Lunatic asylums in Bengal annual reports 1899-1911 - 1899-1911
Year: 1899
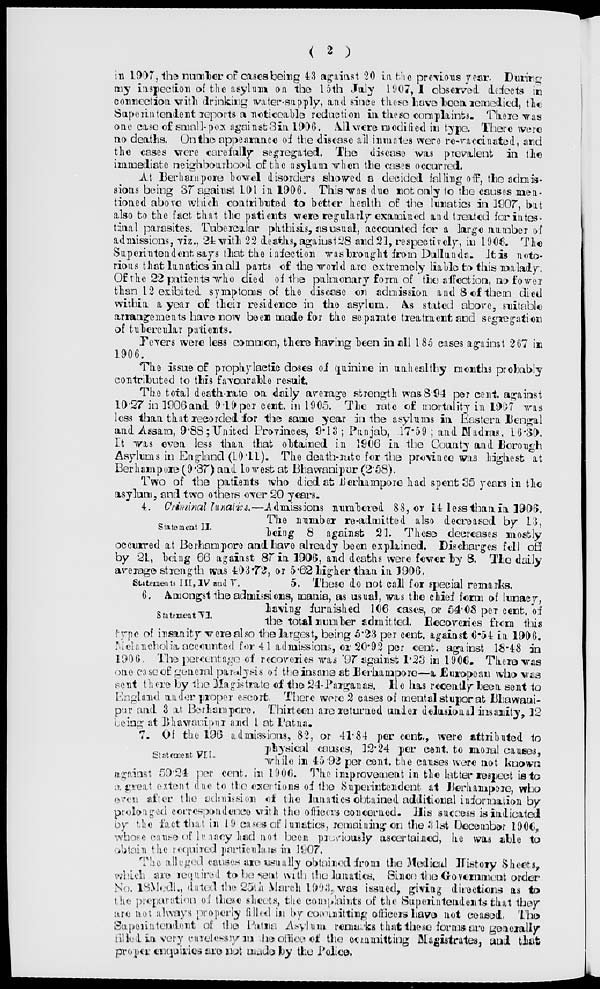
( 2 )
in 1907, the number of cases being 43 against 20 in the previous year. During
my inspection of the asylum on the 15th July 1907, I observed defects in
connection with drinking water-supply, and since those have been remedied, the
Superintendent reports a noticeable reduction in these complaints. There was
one case of small-pox against 3in 1906. All were modified in type. There were
no deaths. On the appearance of the disease all inmates were re-vaccinated, and
the cases were carefully segregated. The disease was prevalent in the
immediate neighbourhood of the asylum when the cases occurred.
At Berhampore bowel disorders showed a decided falling off, the admis-
sions being 37 against 101 in 1906. This was due not only to the causes men-
tioned above which contributed to better health of the lunatics in 1907, but
also to the fact that the patients were regularly examined and treated for intes-
tinal parasites. Tubercular phthisis, as usual, accounted for a large number of
admissions, viz.,24 with 22 deaths,against 28 and 21, respectively, in 1906. The
Superintendent says that the infection was brought from Dullanda. It is noto-
rious that lunatics in all parts of the world are extremely liable to this malady.
Of the 22 patients who died of the pulmonary form of the affection, no fower
than 12 exibited symptoms of the disease on admission and 8 of them died
within a year of their residence in the asylum. As stated above, suitable
arrangements have now been made for the separate treatment and segregation
of tubercular patients.
Fevers were less common, there having been in all 185 cases against 267 in
1906.
The issue of prophylactic doses of quinine in unhealthy months probably
contributed to this favourable result.
The total death-rate on daily average strength was 8.94 per cent. against
10.27 in 1906 and 9.19 per cent. in 1905. The rate of mortality in 1907 was
less than that recorded for the same year in the asylums in Eastern Bengal
and Assam, 9.88;United Provinces, 9.13; Punjab, 17.59; and Madras, 16.30.
It was even less than that obtained in 1906 in the County and Borough
Asylums in England (10.11). The death-rate for the province was highest at
Berhampore (9.37) and lowest at Bhawanipur (2.58).
Two of the patients who died at Berhampore had spent 35 years in the
asylum, and two others ever 20 years.
Statement II.
4. Criminal lunatics—Admissions numbered 88, or 14 less than in 1906.
The number re-admitted also decreased by 13,
being 8 against 21. These decreases mostly
occurred at Berhampore and have already been explained. Discharges fell off
by 21, being 66 against 87 in 1906, and deaths were fewer by 8. The daily
average strength was 403.72, or 5.62 higher than in 1906.
Statements III, IV and V.
5. These do not call for special remarks.
Statement VI.
6. Amongst the admissions, mania, as usual, was the chief form of lunacy,
having furnished 106 cases, or 54.08 per cent. of
the total number admitted. Recoveries from this
type of insanity were also the largest, being 5.23 per cent. against 6.54 in 1906.
Melancholia accounted for 41 admissions, or 20.92 per cent. against 18.48 in
1906. The percentage of recoveries was 97 against 1.23 in 1906. There was
one case of general paralysis of the insane at Berhampore—a European who was
sent there by the Magistrate of the 24-Parganas.
He has recently been sent to
England under proper escort. There were 2 cases of mental stupor at Bhawani-
pur and 3 at Berhampore. Thirteen are returned under delusional insanity, 12
being at Bhawanipur and 1 at Patna.
Statement VII.
7. Of the 196 admissions, 82, or 41.84 per cent., were attributed to
physical causes, 12.24 per cent. to moral causes,
whi l e in 45.92 per cent. the causes were not known
against 59.24 per cent. in 1906. The improvement in the latter respect is to
a great extent due to the exertions of the Superintendent at Berhampore, who
even after the admission
of the lunatics obtained additional information by
prolonged correspondence with the officers concerned. His success is indicated
by the fact that in 19 cases of lunatics, remaining on the 31st December 1906,
whose cause of l unacy
had not been previouly ascertained, he was able to
obtain the required particulars in 1907.
The alleged causes are usaually obtained from the Medical History Sheets,
which are required to be sent with the lunatics. Since the Government order
No. 18Medl., dated the 25th March 1993, was issued, giving directions as to
the preparation of these sheets, the complaints of the Superintendents that they
are not always properly filled in by committing officers have not ceased. The
Superintendent of the Patna Asylum remarks that these forms are generally
filled in very carelessly in the office of the committing Magistrates, and that
proper enquiries
are not made by the Police.